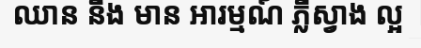
ឈាន នឹង មាន អារម្មណ៍ ភ្លឺស្វាង ល្អ